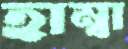
হাম্বা